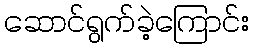
ဆောင်ရွက်ခဲ့ကြောင်း